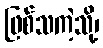
ဖြစ်သကဲ့သို့၊